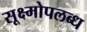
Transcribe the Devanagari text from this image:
सूक्ष्मोपलब्ध